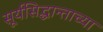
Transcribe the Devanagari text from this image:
सूर्यसिद्धान्ताच्या